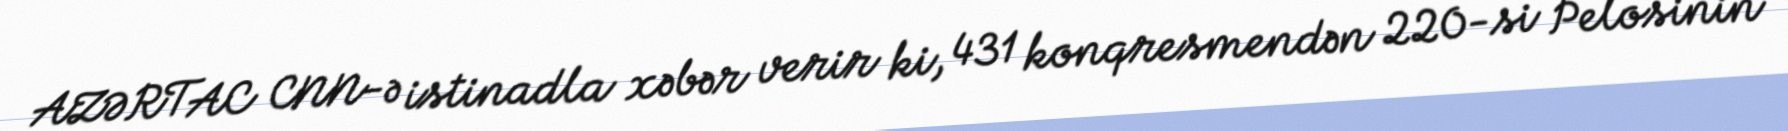
AZƏRTAC CNN-ə istinadla xəbər verir ki, 431 konqresmendən 220-si Pelosinin